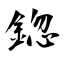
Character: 鍃